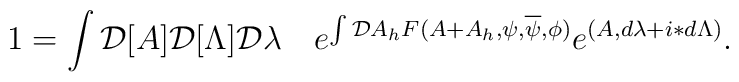
1=\int {\cal D}[A] {\cal D}[\Lambda]{\cal D}\lambda\quad  e^{\int {\cal D}A_h F(A+A_h,\psi,\overline\psi,\phi)} e^{(A,d\lambda+i\ast d\Lambda)}.